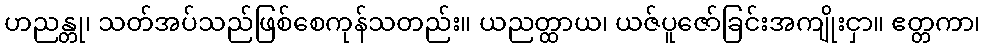
ဟညန္တု၊ သတ်အပ်သည်ဖြစ်စေကုန်သတည်း။ ယညတ္ထာယ၊ ယဇ်ပူဇော်ခြင်းအကျိုးငှာ။ ဧတ္တကာ၊